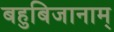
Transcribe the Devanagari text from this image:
बहुबिजानाम्